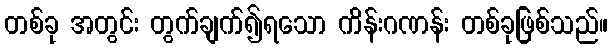
တစ်ခု အတွင်း တွက်ချက်၍ရသော ကိန်းဂဏန်း တစ်ခုဖြစ်သည်။